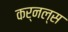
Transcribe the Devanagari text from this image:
कर्नल्स